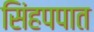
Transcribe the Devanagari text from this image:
सिंहपपात